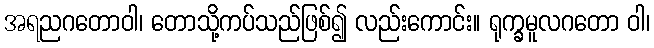
အရညဂတောဝါ၊ တောသို့ကပ်သည်ဖြစ်၍ လည်းကောင်း။ ရုက္ခမူလဂတော ဝါ၊